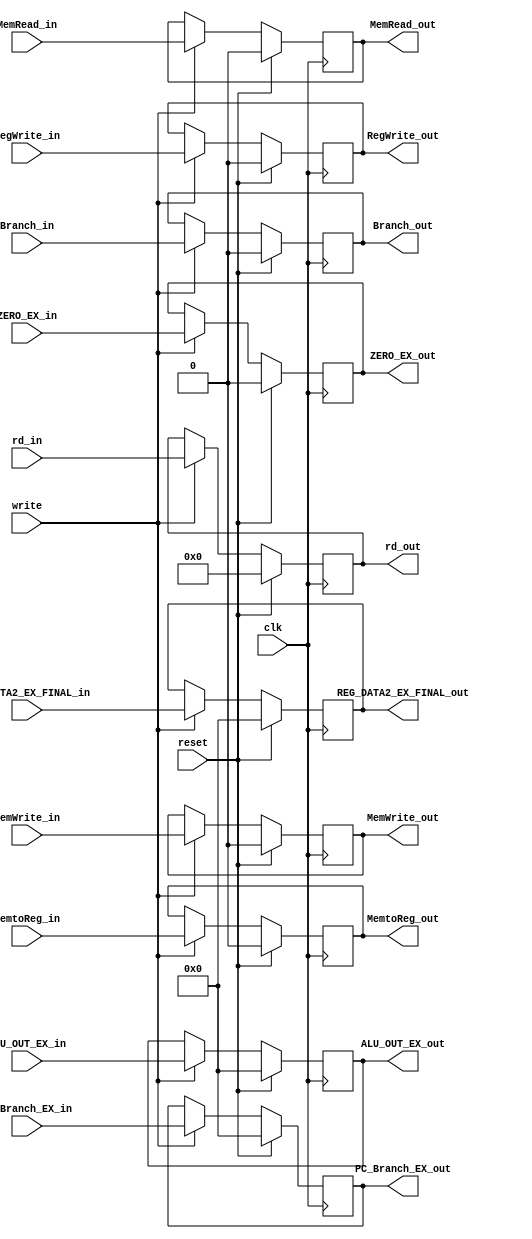
`timescale 1ns / 1ps
//////////////////////////////////////////////////////////////////////////////////
// Company: 
// Engineer: 
// 
// Design Name: 
// Module Name: EX_MEM_reg
// Project Name: 
// Target Devices: 
// Tool Versions: 
// Description: 
// 
// Dependencies: 
// 
// Revision:
// Revision 0.01 - File Created
// Additional Comments:
// 
//////////////////////////////////////////////////////////////////////////////////


module EX_MEM_reg(
    input clk, write, reset,
    input RegWrite_in, MemRead_in, MemtoReg_in, MemWrite_in, Branch_in,
    input [31:0] ALU_OUT_EX_in,
    input ZERO_EX_in,
    input [31:0] PC_Branch_EX_in,
    input [31:0] REG_DATA2_EX_FINAL_in,
    input [4:0] rd_in,
    
    output reg RegWrite_out, MemRead_out, MemtoReg_out, MemWrite_out, Branch_out,
    output reg [31:0] ALU_OUT_EX_out,
    output reg ZERO_EX_out,
    output reg [31:0] PC_Branch_EX_out,
    output reg [31:0] REG_DATA2_EX_FINAL_out,
    output reg [4:0] rd_out
);
    always@(posedge clk)
    begin
        if (reset)
        begin
            RegWrite_out <= 1'b0;
            MemRead_out <= 1'b0;
            MemtoReg_out <= 1'b0;
            MemWrite_out <= 1'b0;
            Branch_out <= 1'b0;
            ALU_OUT_EX_out <= 32'b0;
            ZERO_EX_out <= 1'b0;
            PC_Branch_EX_out <= 32'b0;
            REG_DATA2_EX_FINAL_out <= 32'b0;
            rd_out <= 5'b0;
        end
        else
        begin
            if (write)
            begin
                RegWrite_out <= RegWrite_in;
                MemRead_out <= MemRead_in;
                MemtoReg_out <= MemtoReg_in;
                MemWrite_out <= MemWrite_in;
                Branch_out <= Branch_in;
                ALU_OUT_EX_out <= ALU_OUT_EX_in;
                ZERO_EX_out <= ZERO_EX_in;
                PC_Branch_EX_out <= PC_Branch_EX_in;
                REG_DATA2_EX_FINAL_out <= REG_DATA2_EX_FINAL_in;
                rd_out <= rd_in;
            end
        end
    end
endmodule